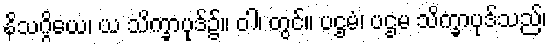
နိသဂ္ဂိယေ၊ ယ သိက္ခာပုဒ်၌။ ဝါ၊ တွင်။ ပဌမံ၊ ပဌမ သိက္ခာပုဒ်သည်၊